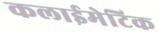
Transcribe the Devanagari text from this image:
कलाईमेटिक